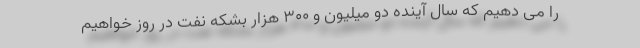
را می دهیم که سال آینده دو میلیون و ۳۰۰ هزار بشکه نفت در روز خواهیم